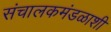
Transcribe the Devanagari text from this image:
संचालकमंडळाशी